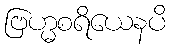
ဗြဟ္မစရိယေနပိ